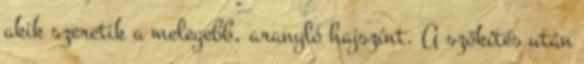
akik szeretik a melegebb, aranyló hajszínt. A szőkítés után